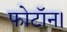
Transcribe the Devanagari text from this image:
फोटॉन।